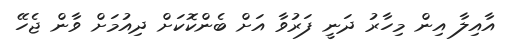
އާއިލާ އިން މިހާރު ދަނީ ފަރުވާ އަށް ބެންކޮކަށް ދިއުމަށް ވާން ޖެހޭ